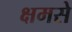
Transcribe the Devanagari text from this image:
क्षमसे